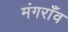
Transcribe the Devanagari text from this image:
मंगराँव